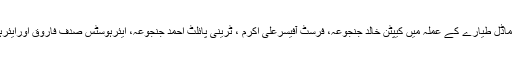
پی آئی اے کے اے ٹی آر 42 ماڈل طیارے کے عملہ میں کیپٹن خالد جنجوعہ، فرسٹ آفیسرعلی اکرم ، ٹرینی پائلٹ احمد جنجوعہ، ایئرہوسٹس صدف فاروق اورایئرہوسٹس اسماء عادل شامل تھے۔